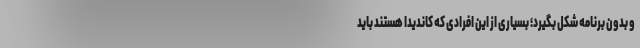
و بدون برنامه شکل بگیرد؛ بسیاری از این افرادی که کاندیدا هستند باید